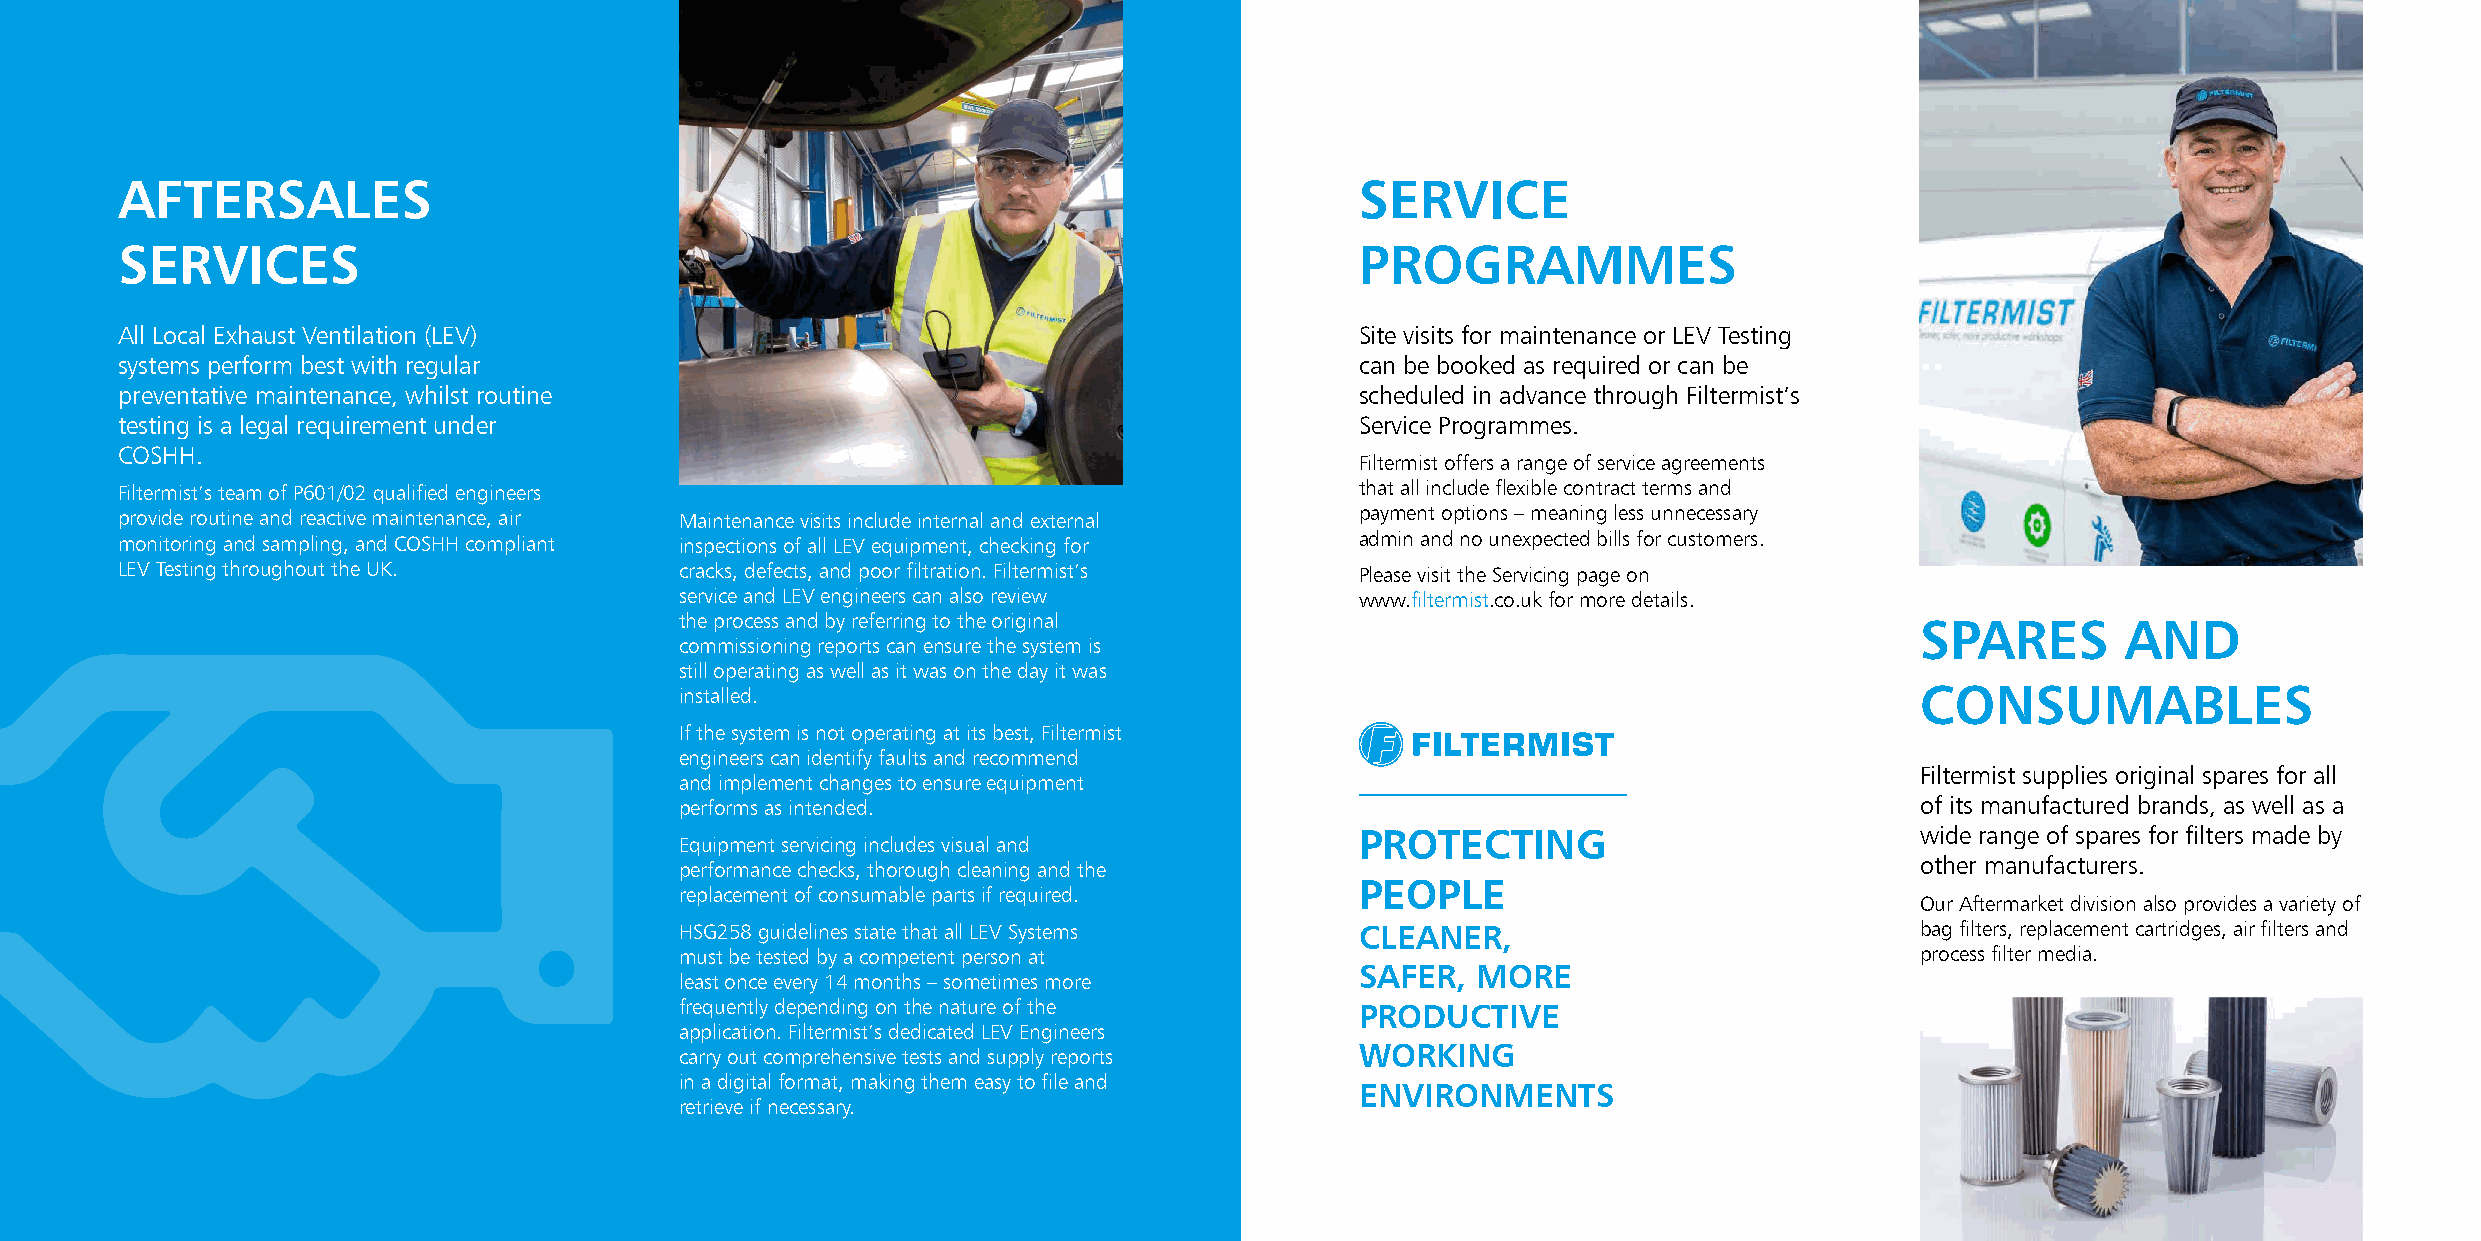
AFTERSALES                                                                        SERVICE
 SERVICES                                                                          PROGRAMMES
 All Local Exhaust Ventilation (LEV)                                               Site visits for maintenance or LEV Testing
 systems perform best with regular                                                 can be booked as required or can be
 preventative maintenance, whilst routine                                          scheduled in advance through Filtermist’s
 testing is a legal requirement under                                              Service Programmes.
 COSHH.
 Filtermist offers a range of service agreements
 Filtermist’s team of P601/02 qualified engineers                                  that all include flexible contract terms and
 provide routine and reactive maintenance, air Maintenance visits include internal and external payment options – meaning less unnecessary
 monitoring and sampling, and COSHH compliant inspections of all LEV equipment, checking for admin and no unexpected bills for customers.
 LEV Testing throughout the UK.       cracks, defects, and poor filtration. Filtermist’s Please visit the Servicing page on
 service and LEV engineers can also review    www.filtermist.co.uk for more details.
 the process and by referring to the original                                      SPARES        AND
 commissioning reports can ensure the system is
 still operating as well as it was on the day it was
 installed.                                                                        CONSUMABLES
 If the system is not operating at its best, Filtermist
 engineers can identify faults and recommend
 Filtermist supplies original spares for all
 and implement changes to ensure equipment
 performs as intended.                                                             of its manufactured brands, as well as a
 PROTECTING                           wide range of spares for filters made by
 Equipment servicing includes visual and
 performance checks, thorough cleaning and the                                     other manufacturers.
 PEOPLE
 replacement of consumable parts if required.
 Our Aftermarket division also provides a variety of
 HSG258 guidelines state that all LEV Systems CLEANER,                             bag filters, replacement cartridges, air filters and
 must be tested by a competent person at                                           process filter media.
 SAFER,  MORE
 least once every 14 months – sometimes more
 frequently depending on the nature of the    PRODUCTIVE
 application. Filtermist’s dedicated LEV Engineers
 carry out comprehensive tests and supply reports WORKING
 in a digital format, making them easy to file and
 ENVIRONMENTS
 retrieve if necessary.